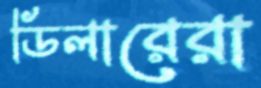
ডিলারেরা